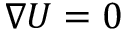
\nabla U = 0